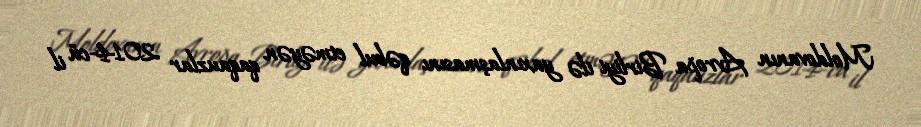
Moldovanın Avropa Birliyi ilə yaxınlaşmasını qəbul etməyən qaqauzlar 2014-cü il